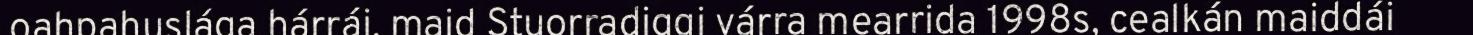
oahpahuslága hárrái, maid Stuorradiggi várra mearrida 1998s, cealkán maiddái